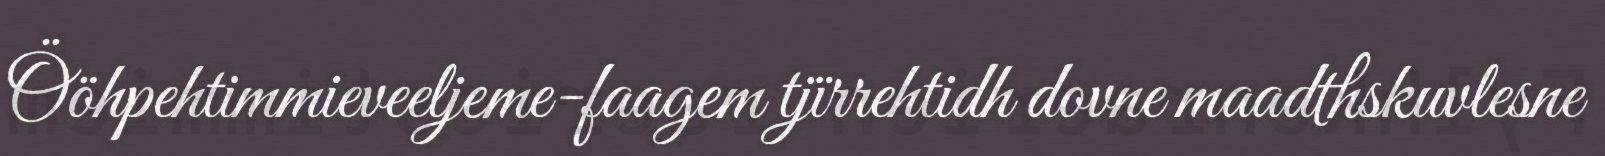
Ööhpehtimmieveeljeme-faagem tjïrrehtidh dovne maadthskuvlesne